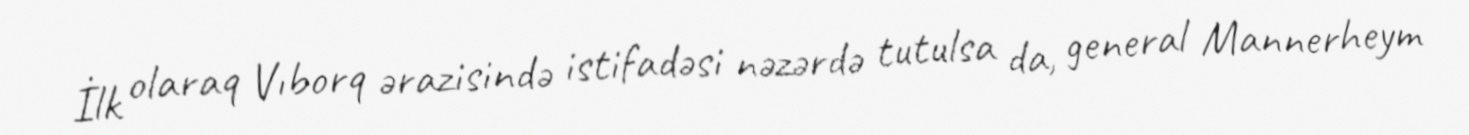
İlk olaraq Vıborq ərazisində istifadəsi nəzərdə tutulsa da, general Mannerheym